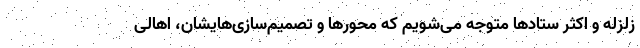
زلزله و اکثر ستادها متوجه می‌شویم که محورها و تصمیم‌سازی‌هایشان، اهالی